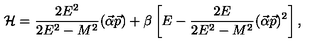
{ \cal H } = \frac { 2 E ^ { 2 } } { 2 E ^ { 2 } - M ^ { 2 } } ( \vec { \alpha } \vec { p } ) + \beta \left[ E - \frac { 2 E } { 2 E ^ { 2 } - M ^ { 2 } } ( \vec { \alpha } \vec { p } ) ^ { 2 } \right] ,